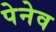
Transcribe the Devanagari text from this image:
पेनेव